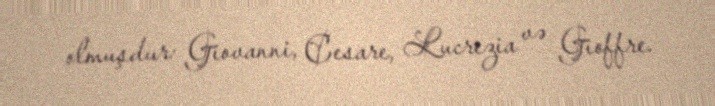
olmuşdur: Giovanni, Cesare, Lucrezia və Gioffre.